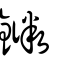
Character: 䥩